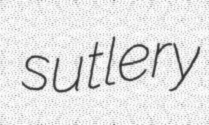
sutlery